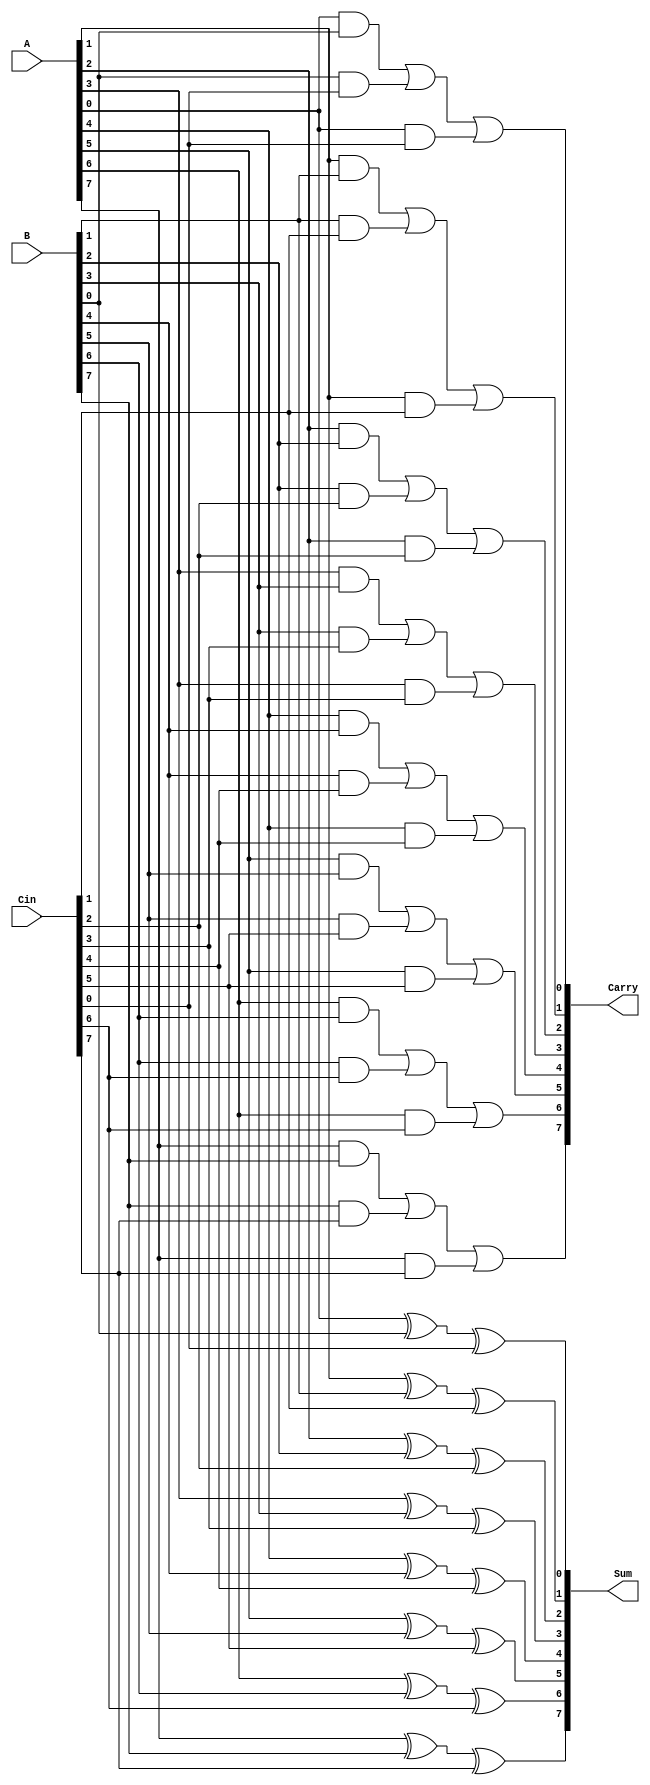
module carry_save_adder #(parameter N = 8) (
    input  wire [N-1:0] A,     // Input A
    input  wire [N-1:0] B,     // Input B
    input  wire [N-1:0] Cin,   // Input Carry In
    output wire [N-1:0] Sum,   // Sum output
    output wire [N-1:0] Carry   // Carry output
);
    genvar i;
    
    // Generating the Sum and Carry outputs
    generate
        for (i = 0; i < N; i = i + 1) begin : CSA_logic
            // Sum calculation: Sum[i] = A[i] XOR B[i] XOR Cin[i]
            assign Sum[i] = A[i] ^ B[i] ^ Cin[i];

            // Carry calculation:
            // Carry[i] = (A[i] AND B[i]) OR (B[i] AND Cin[i]) OR (A[i] AND Cin[i])
            assign Carry[i] = (A[i] & B[i]) | (B[i] & Cin[i]) | (A[i] & Cin[i]);
        end
    endgenerate

endmodule